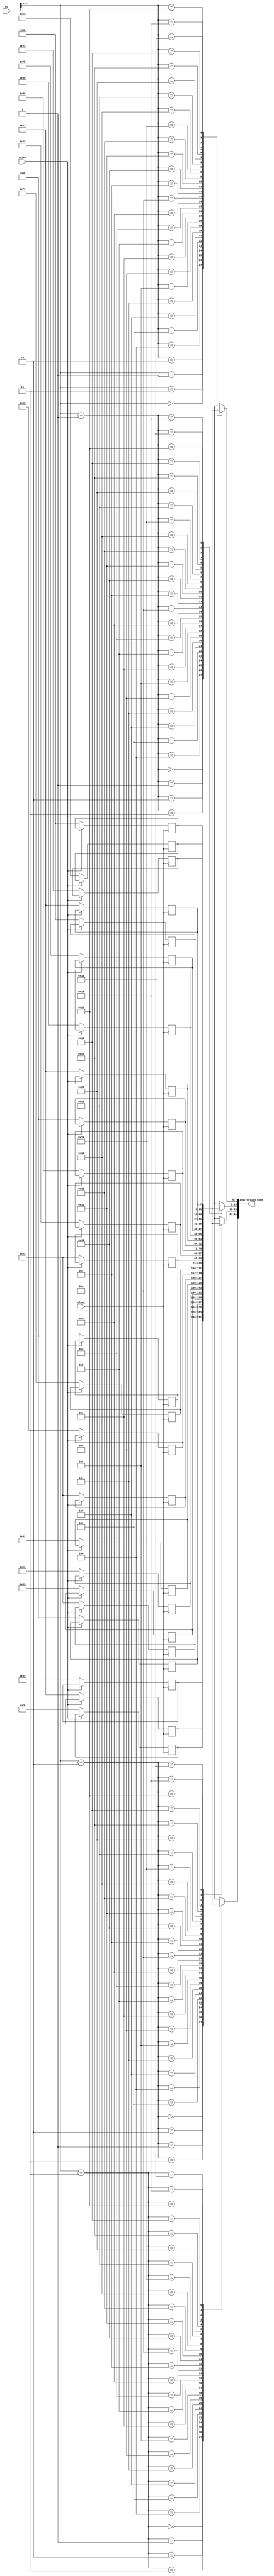
module INST_MEM(
    input [31:0] PC,
    input reset, clock,
    output [31:0] Instruction_Code
);

    reg [7:0] Memory[27:0]; // Byte addressable memory with 32 locations

    // Under normal operation (reset = 0), we assign the instr. code, based on PC
    assign Instruction_Code = {Memory[PC+3], Memory[PC+2], Memory[PC+1], Memory[PC]};

    // Initializing memory when reset is one
    always @(posedge clock)
    begin
        if (reset == 0)
        begin
            // Setting 32-bit instruction: add t1, s0, s1 => 0x00940333 
            Memory[7]  = 8'h00;
            Memory[6]  = 8'h94;
            Memory[5]  = 8'h03;
            Memory[4]  = 8'h33;
            // Setting 32-bit instruction: sub t2, s3, s2 => 0x412983b3
            Memory[11] = 8'h41;
            Memory[10] = 8'h29;
            Memory[9]  = 8'h83;
            Memory[8]  = 8'hb3;
            // Setting 32-bit instruction: or a7, a4, a5 => 0x00f768b3
            Memory[15] = 8'h00;
            Memory[14] = 8'hf7;
            Memory[13] = 8'h68;
            Memory[12] = 8'hb3;
            // Setting 32-bit instruction: and t6, a2, a3 => 0x00d67fb3
            Memory[19] = 8'h00;
            Memory[18] = 8'hd6;
            Memory[17] = 8'h7f;
            Memory[16] = 8'hb3;
            // Setting 32-bit instruction: xor t3, s6, s7 => 0x017b4e33
            Memory[23] = 8'h01;
            Memory[22] = 8'h7b;
            Memory[21] = 8'h4e;
            Memory[20] = 8'h33;
            // Setting 32-bit instruction: slt t5, s10, s11 => 0x01bd2f33
            Memory[27] = 8'h01;
            Memory[26] = 8'hbd;
            Memory[25] = 8'h2f;
            Memory[24] = 8'h33;
        end
    end

endmodule